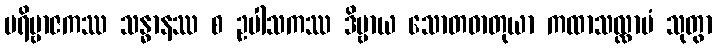
ပရိဗ္ဗာဇကဿ သန္ဓာနဿ စ ဥပါသကဿ ဒိဗ္ဗာယ သောတဓာတုယာ ကထာသလ္လာပံ သုတွာ